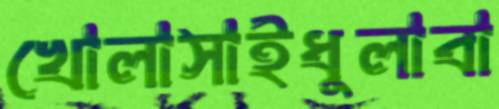
খোলাসাইধুলাবা